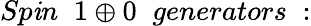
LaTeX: Sp\mathit{i}n\; \; 1\oplus0\; \; generators\; :